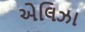
એલિઝા